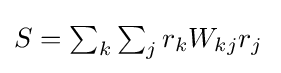
{\textstyle S=\sum _{k}\sum _{j}r_{k}W_{kj}r_{j}\,}